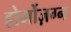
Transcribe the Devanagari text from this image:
होर्मोज़ग्न